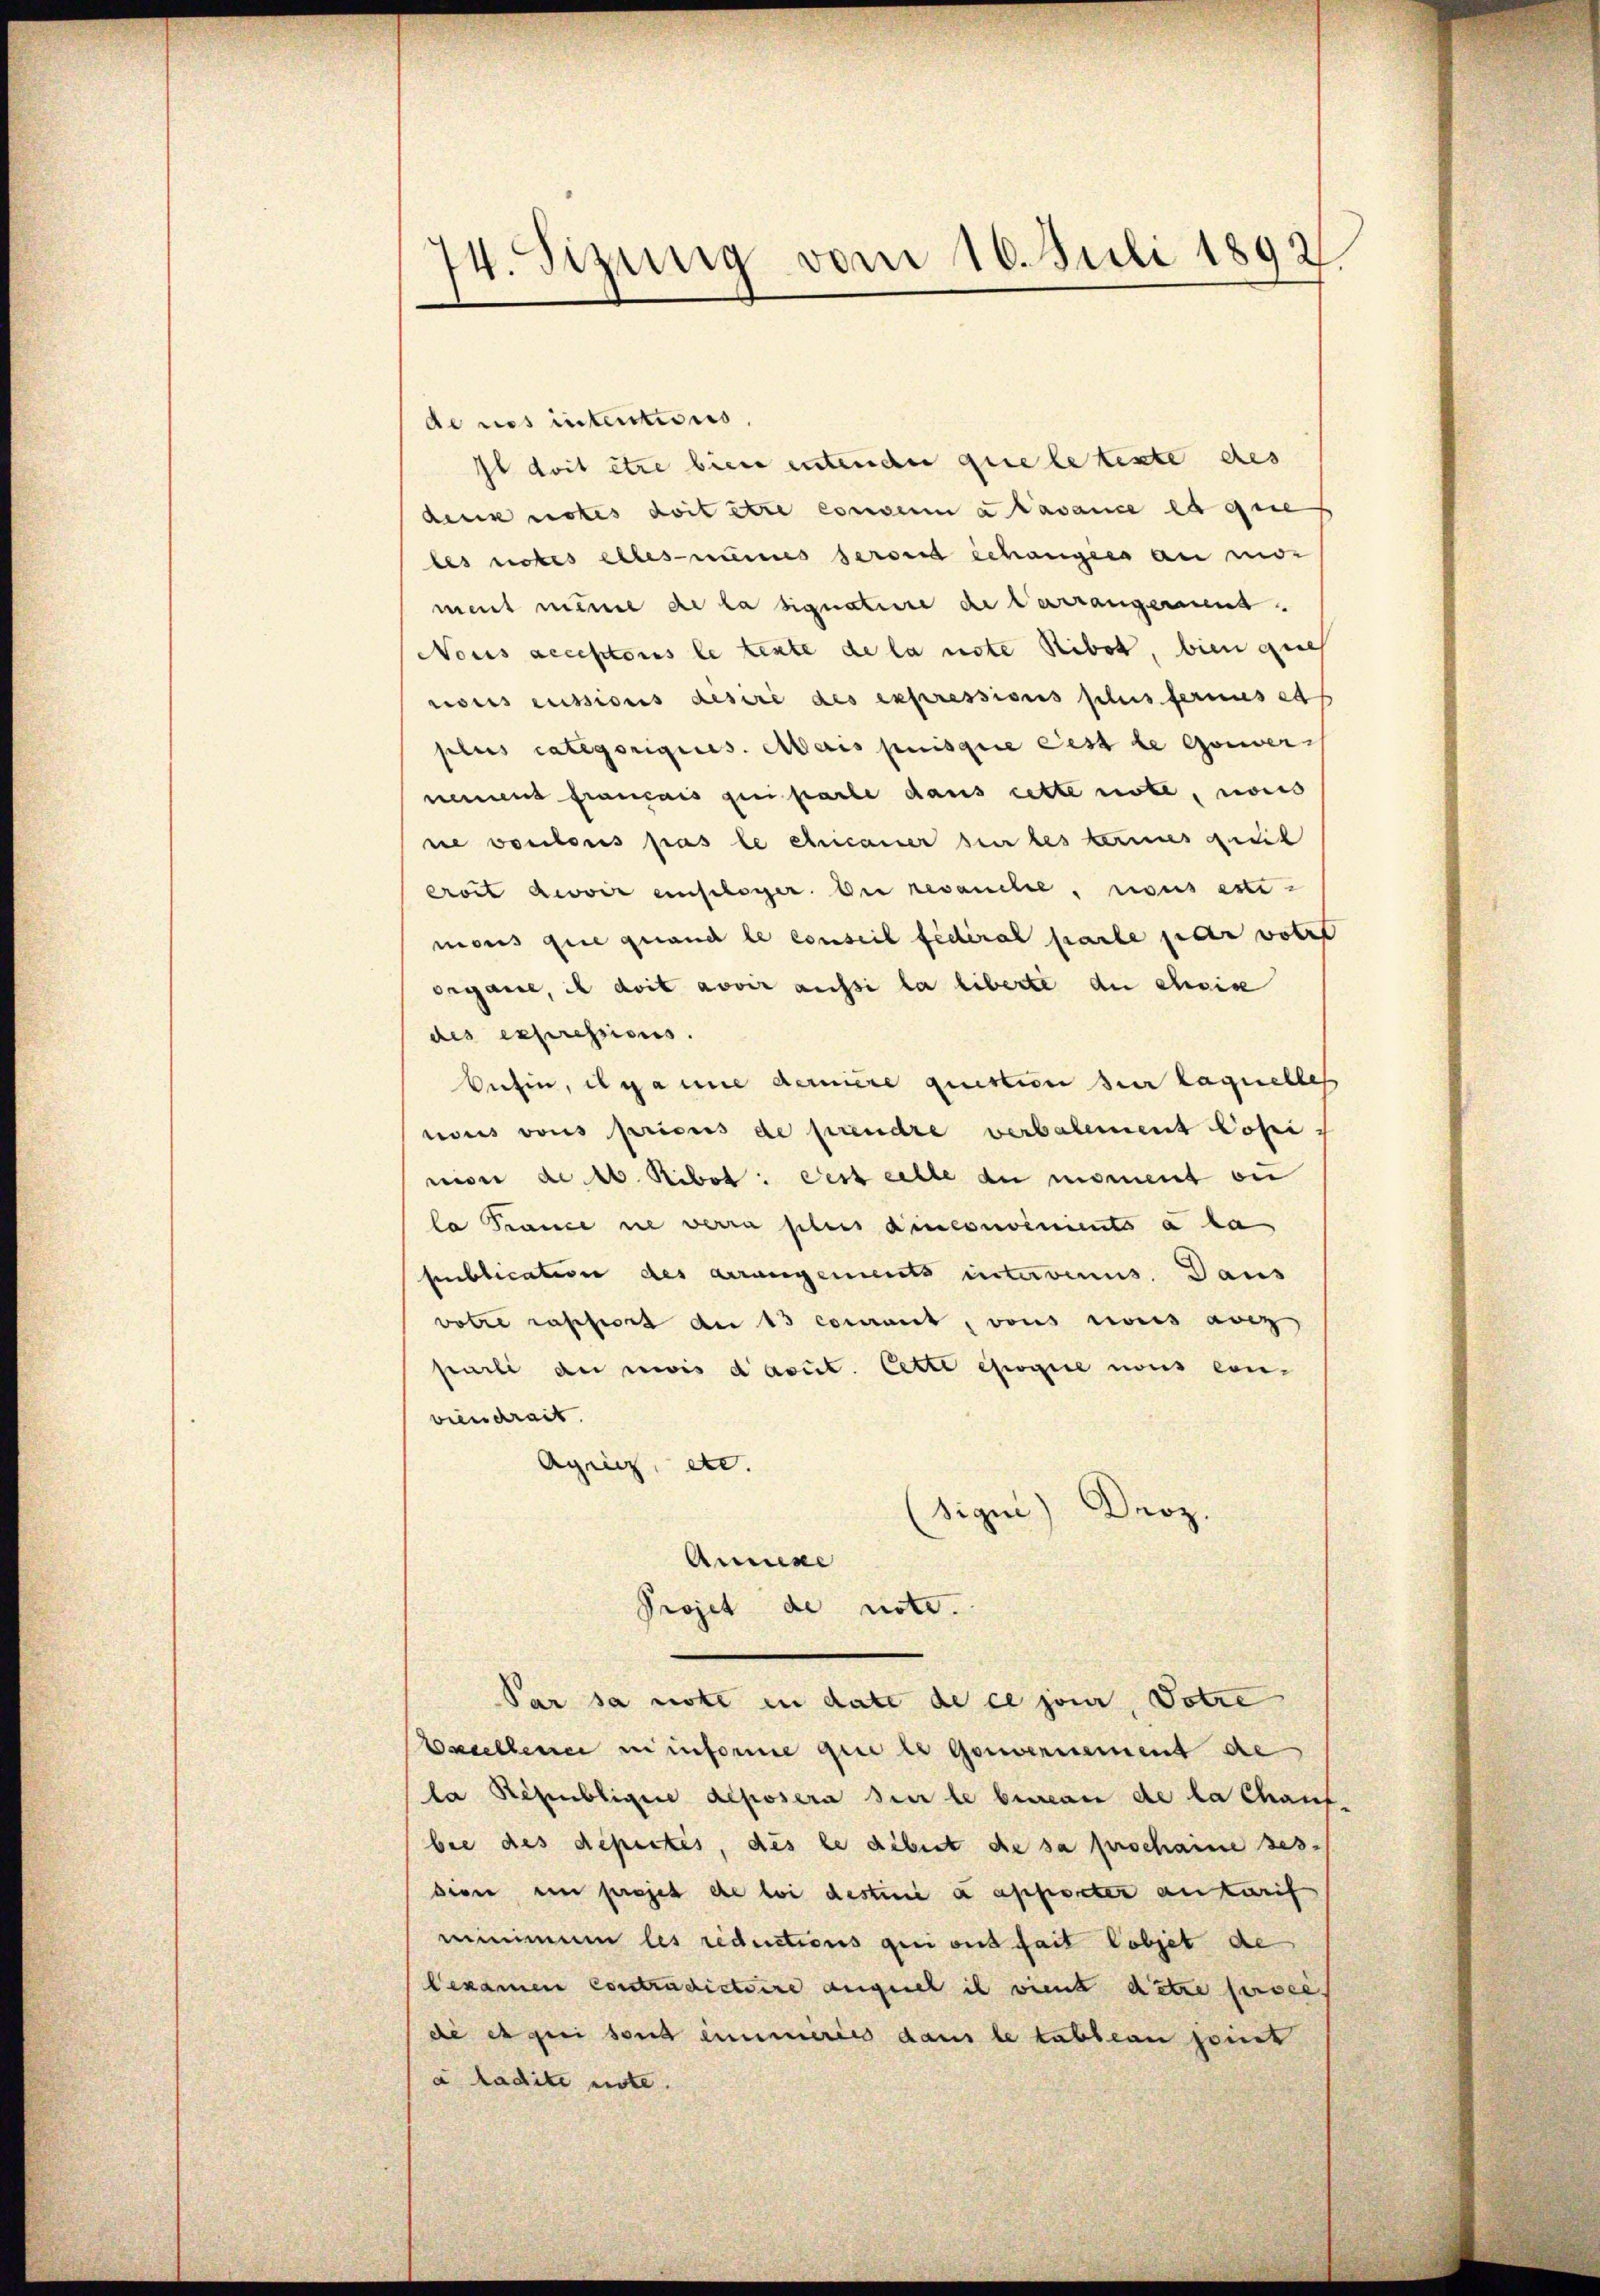
14. Sizung vom 16. Juli 1892.

de nos intentions,
Il doit être bien entender que le texte des
denk notes doit être convenia Lavance et que
les notes elles meines serond gehängers an mo-
ment meine de la signature de verrangerment.
Nous acceptoris le texte de la note Ribot, bien que
rois russions desire des expressions plus fernus et
plus categorigies. Mais puisquie ces le Gouver
namens français geei parte dans cette note, nous
ne voulons pas le chricaner sei des termes quit
croit devoir einsloger. Der resauche, nous esti-
mons que quand le conseil fédéral parte jeder votie
organe, il doit avoir aussi la liberte du chise
des expressicus.
busin, il ganne demiere question der laquelles
nous vons pricus de prendre verbalement Copi
niser de 10. Sibot: dest cette au moment ou
la France ne verra plus dinconvenients à la
publication des arrangements intervenus. Dans
votre rappiert der 13 commit, vons reis anz
parli der revis d’acct. Cette erogie nous con-
viendrait.
Agric, etc.
sique) Droz.
Annexe
Projet de note.
Par sa nott in date de ce jour, Dotre
Basellener in informe qui es Gouvernement de
la République deposera sie le bureau de la Chauf.
bie des depertes, des le debet die sa prochanne ses
dion en projet de loi destini a apporter antarif
miminum les reductions qui ont fait lobjet de
Lexamen Contradictoire auguel il vient ditre persei
de es qui sond einimeries dans le tableau point
a radite note.